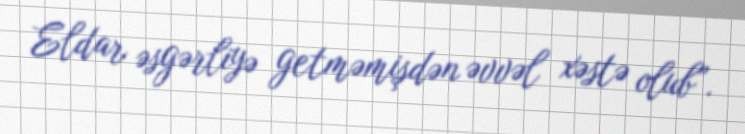
Eldar əsgərliyə getməmişdən əvvəl xəstə olub”.